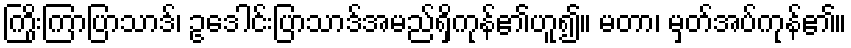
ကြိုးကြာပြာသာဒ်၊ ဥဒေါင်းပြာသာဒ်အမည်ရှိကုန်၏ဟူ၍။ မတာ၊ မှတ်အပ်ကုန်၏။